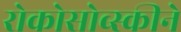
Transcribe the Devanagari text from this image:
रोकोसोव्स्कीने